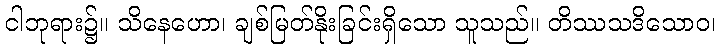
ငါဘုရား၌။ သိနေဟော၊ ချစ်မြတ်နိုးခြင်းရှိသော သူသည်။ တိဿသဒိသောဝ၊